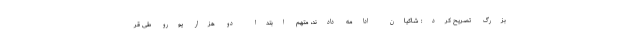
بزرگ تصریح کرد: شاکیان ادامه دادند، متهم ابتدا دو هزار یورو طی قر